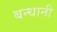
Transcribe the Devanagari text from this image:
बन्धानी